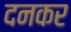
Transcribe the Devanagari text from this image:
दनकर